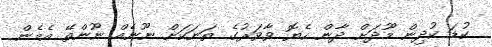
ކުޑަ ކުދިން މޫދަށް ދާން ހެޔޮ ވާވަރުގެ ތަނަކަށް ނޫނެއް ނޫންތޭ އެމެން